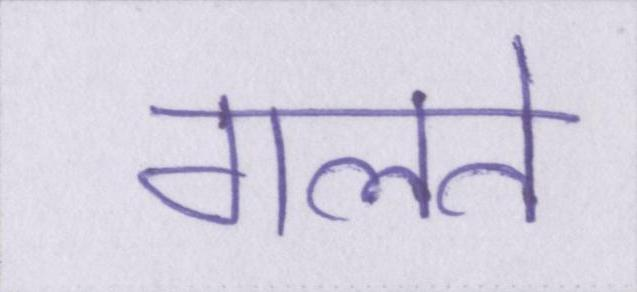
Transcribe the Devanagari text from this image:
गलते